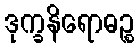
ဒုက္ခနိရောဓဉ္စ